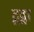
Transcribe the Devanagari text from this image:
टूट्ना